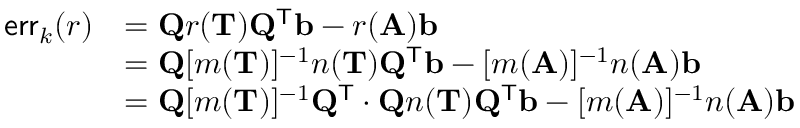
\begin{array} { r l } { \mathsf { e r r } _ { k } ( r ) } & { = \mathbf { Q } r ( \mathbf { T } ) \mathbf { Q } ^ { \mathsf { T } } \mathbf { b } - r ( \mathbf { A } ) \mathbf { b } } \\ & { = \mathbf { Q } [ m ( \mathbf { T } ) ] ^ { - 1 } n ( \mathbf { T } ) \mathbf { Q } ^ { \mathsf { T } } \mathbf { b } - [ m ( \mathbf { A } ) ] ^ { - 1 } n ( \mathbf { A } ) \mathbf { b } } \\ & { = \mathbf { Q } [ m ( \mathbf { T } ) ] ^ { - 1 } \mathbf { Q } ^ { \mathsf { T } } \cdot \mathbf { Q } n ( \mathbf { T } ) \mathbf { Q } ^ { \mathsf { T } } \mathbf { b } - [ m ( \mathbf { A } ) ] ^ { - 1 } n ( \mathbf { A } ) \mathbf { b } } \end{array}